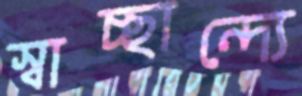
স্বাচ্ছান্দ্যে